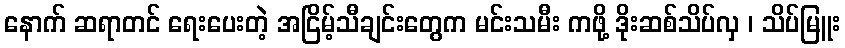
နောက် ဆရာတင် ရေးပေးတဲ့ အငြိမ့်သီချင်းတွေက မင်းသမီး ကဖို့ ဒိုးဆစ်သိပ်လှ ၊ သိပ်မြူး